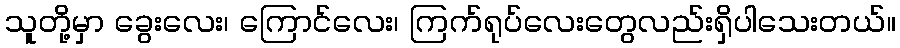
သူတို့မှာ ခွေးလေး၊ ကြောင်လေး၊ ကြက်ရုပ်လေးတွေလည်းရှိပါသေးတယ်။